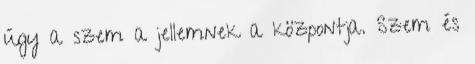
úgy a szem a jellemnek a központja. Szem és